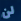
لن